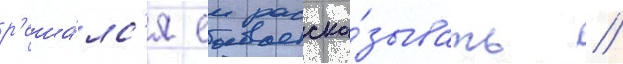
р'еша́лс'я еи расска́зывать //